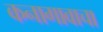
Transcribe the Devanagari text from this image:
कनागावाचा